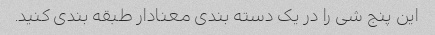
این پنج شی را در یک دسته بندی معنادار طبقه بندی کنید.